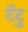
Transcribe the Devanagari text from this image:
टॅटु